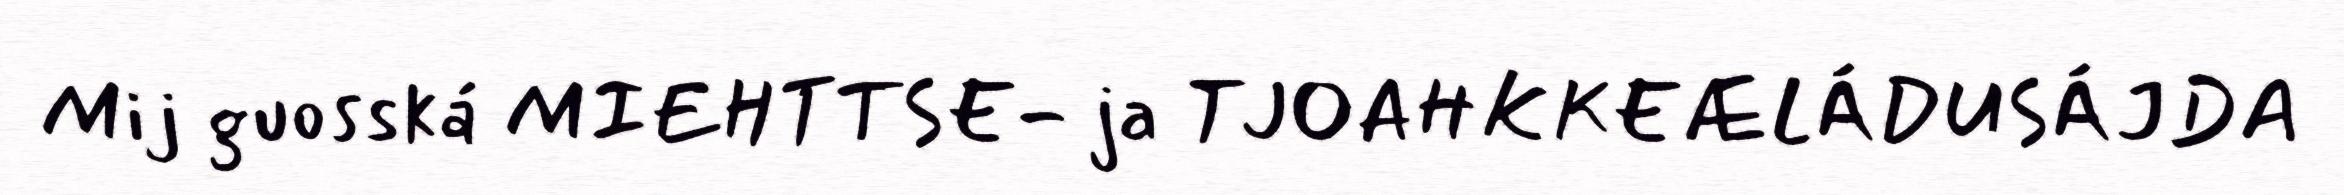
Mij guosská MIEHTTSE- ja TJOAHKKEÆLÁDUSÁJDA